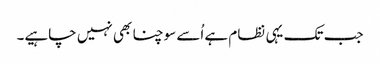
جب تک یہی نظام ہے اُسے سوچنا بھی نہیں چاہیے۔